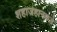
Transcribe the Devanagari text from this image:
शहाजहानकडे